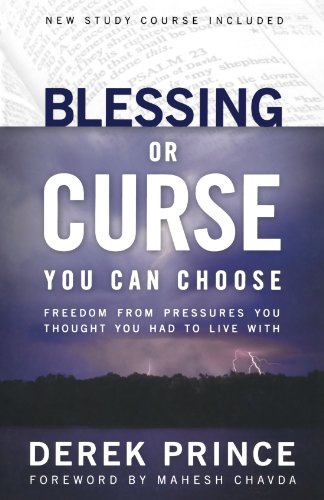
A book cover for Blessing or Curse: You Can Choose; Derek Prince; Christian Books & Bibles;